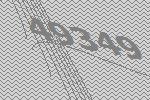
49349